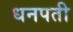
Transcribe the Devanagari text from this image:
धनपती